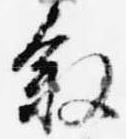
叙